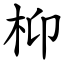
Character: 枊